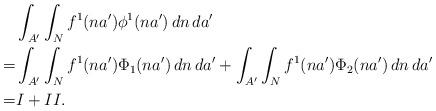
LaTeX: \begin{align*}&\int_{A'} \int_N f^1(na') \phi^1(na') \,dn\,da' \\=& \int_{A'} \int_N f^1(na') \Phi_1(na') \,dn\,da' + \int_{A'} \int_N f^1(na') \Phi_2(na') \,dn\,da' \\=& I + II.\end{align*}